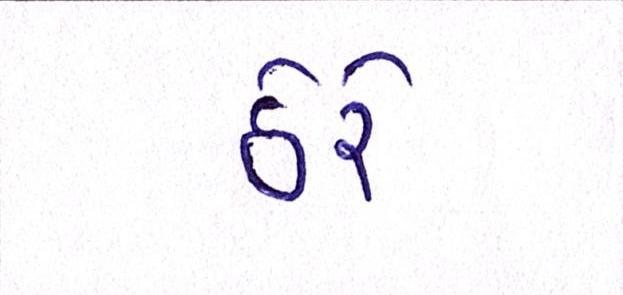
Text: ઠેરે